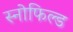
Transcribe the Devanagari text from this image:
स्‍नोफिल्‍ड